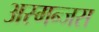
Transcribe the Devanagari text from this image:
अस्मन्जस